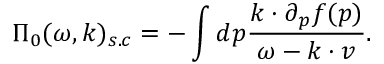
\Pi _ { 0 } ( \omega , \boldsymbol { k } ) _ { s . c } = - \int d \boldsymbol { p } \frac { \boldsymbol { k } \cdot \partial _ { \boldsymbol { p } } f ( \boldsymbol { p } ) } { \omega - \boldsymbol { k } \cdot \boldsymbol { v } } .